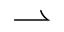
\rightharpoonup